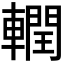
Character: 𮝧